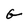
Character: G